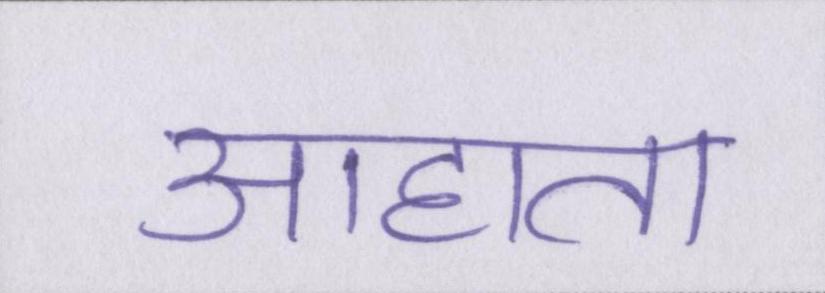
आहाता